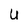
Character: U